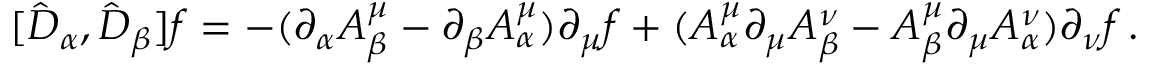
[ \hat { D } _ { \alpha } , \hat { D } _ { \beta } ] f = - ( \partial _ { \alpha } A _ { \beta } ^ { \mu } - \partial _ { \beta } A _ { \alpha } ^ { \mu } ) \partial _ { \mu } f + ( A _ { \alpha } ^ { \mu } \partial _ { \mu } A _ { \beta } ^ { \nu } - A _ { \beta } ^ { \mu } \partial _ { \mu } A _ { \alpha } ^ { \nu } ) \partial _ { \nu } f \, .